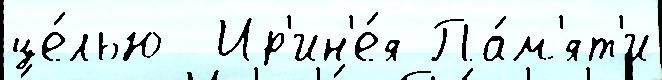
це́лью  Ир'ин'е́я Па́м'ят'и